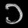
Digit: ၁